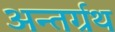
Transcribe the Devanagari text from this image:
अन्तर्ग्रथ